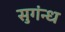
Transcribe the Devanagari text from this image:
सुगंन्ध